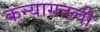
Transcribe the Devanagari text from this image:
कन्यागतची